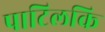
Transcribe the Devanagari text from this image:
पाटिलकि